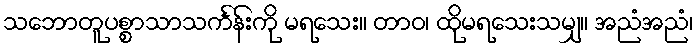
သဘောတူပစ္စာသာသင်္ကန်းကို မရသေး။ တာဝ၊ ထိုမရသေးသမျှ။ အညံအညံ၊